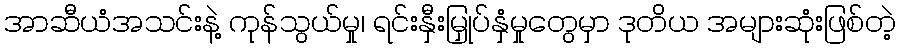
အာဆီယံအသင်းနဲ့ ကုန်သွယ်မှု၊ ရင်းနှီးမြှုပ်နှံမှုတွေမှာ ဒုတိယ အများဆုံးဖြစ်တဲ့